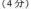
4分)